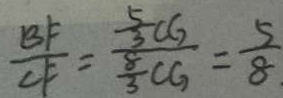
\frac { B F } { C F } = \frac { \frac { 5 } { 3 } C G } { \frac { 8 } { 3 } C G } = \frac { 5 } { 8 }